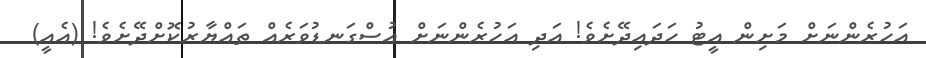
އަހުރެންނަށް މަށިން އީޓު ހަދައިދޭށެވެ! އަދި އަހުރެންނަށް އުސްގަނޑުވަރެއް ތައްޔާރުކޮށްދޭށެވެ! (އެއީ)